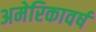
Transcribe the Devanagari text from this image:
अमेरिकावर्ष